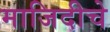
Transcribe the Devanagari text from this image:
माजिदीचे